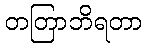
တတြာဘိရတာ